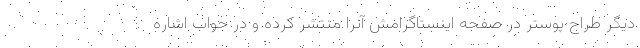
دیگر طراح پوستر در صفحه اینستاگرامش آنرا منتشر کرده و در جواب اشاره